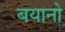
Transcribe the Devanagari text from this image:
बयानो